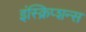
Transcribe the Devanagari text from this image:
इंस्क्रिप्शन्स